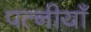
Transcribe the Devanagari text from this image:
पत्नीयाँ